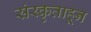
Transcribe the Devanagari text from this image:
संस्कृताहून